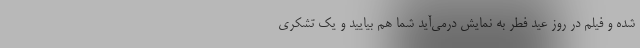
شده و فیلم در روز عید فطر به نمایش درمی‌آید شما هم بیایید و یک تشکری